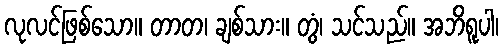
လုလင်ဖြစ်သော။ တာတ၊ ချစ်သား။ တွံ၊ သင်သည်။ အဘိရူပါ၊